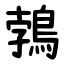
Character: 鵓